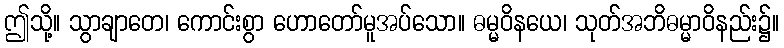
ဤသို့။ သွာချာတေ၊ ကောင်းစွာ ဟောတော်မူအပ်သော။ ဓမ္မဝိနယေ၊ သုတ်အဘိဓမ္မာဝိနည်း၌။